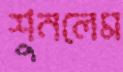
শুনলেম